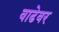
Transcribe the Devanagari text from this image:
वाढेवर